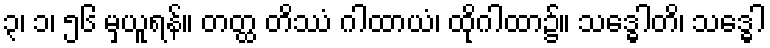
၃၊ ၁၊ ၅၆ မှယူရန်။ တတ္ထ တိဿံ ဂါထာယံ၊ ထိုဂါထာ၌။ သဒ္ဓေါတိ၊ သဒ္ဓေါ